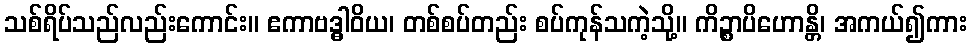
သစ်ရိပ်သည်လည်းကောင်း။ ဧကာဗဒ္ဓါဝိယ၊ တစ်စပ်တည်း စပ်ကုန်သကဲ့သို့။ ကိဉ္စာပိဟောန္တိ၊ အကယ်၍ကား